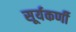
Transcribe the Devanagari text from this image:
सूर्यकर्णी